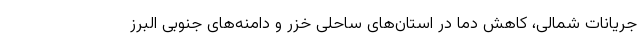
جریانات شمالی، کاهش دما در استان‌های ساحلی خزر و دامنه‌های جنوبی البرز